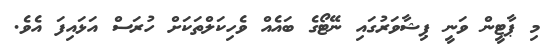
މި ޕާޓީން ވަނީ ޕިޝާވަރުގައި ނޭޓޯގެ ބައެއް ވެހިކަލްތަކަށް ހުރަސް އަޅައިފަ އެވެ.